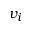
v _ { i }